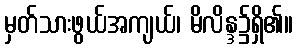
မှတ်သားဖွယ်အကျယ်၊ မိလိန္ဒ၌ရှိ၏။